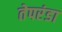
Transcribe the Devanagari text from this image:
तेपरंडा